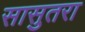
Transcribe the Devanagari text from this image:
सासुतरा